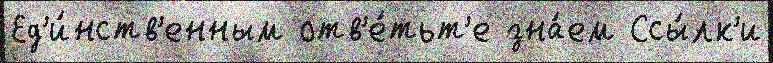
Ед'и́нств'енным отв'е́тьт'е зна́ем Ссы́лк'и